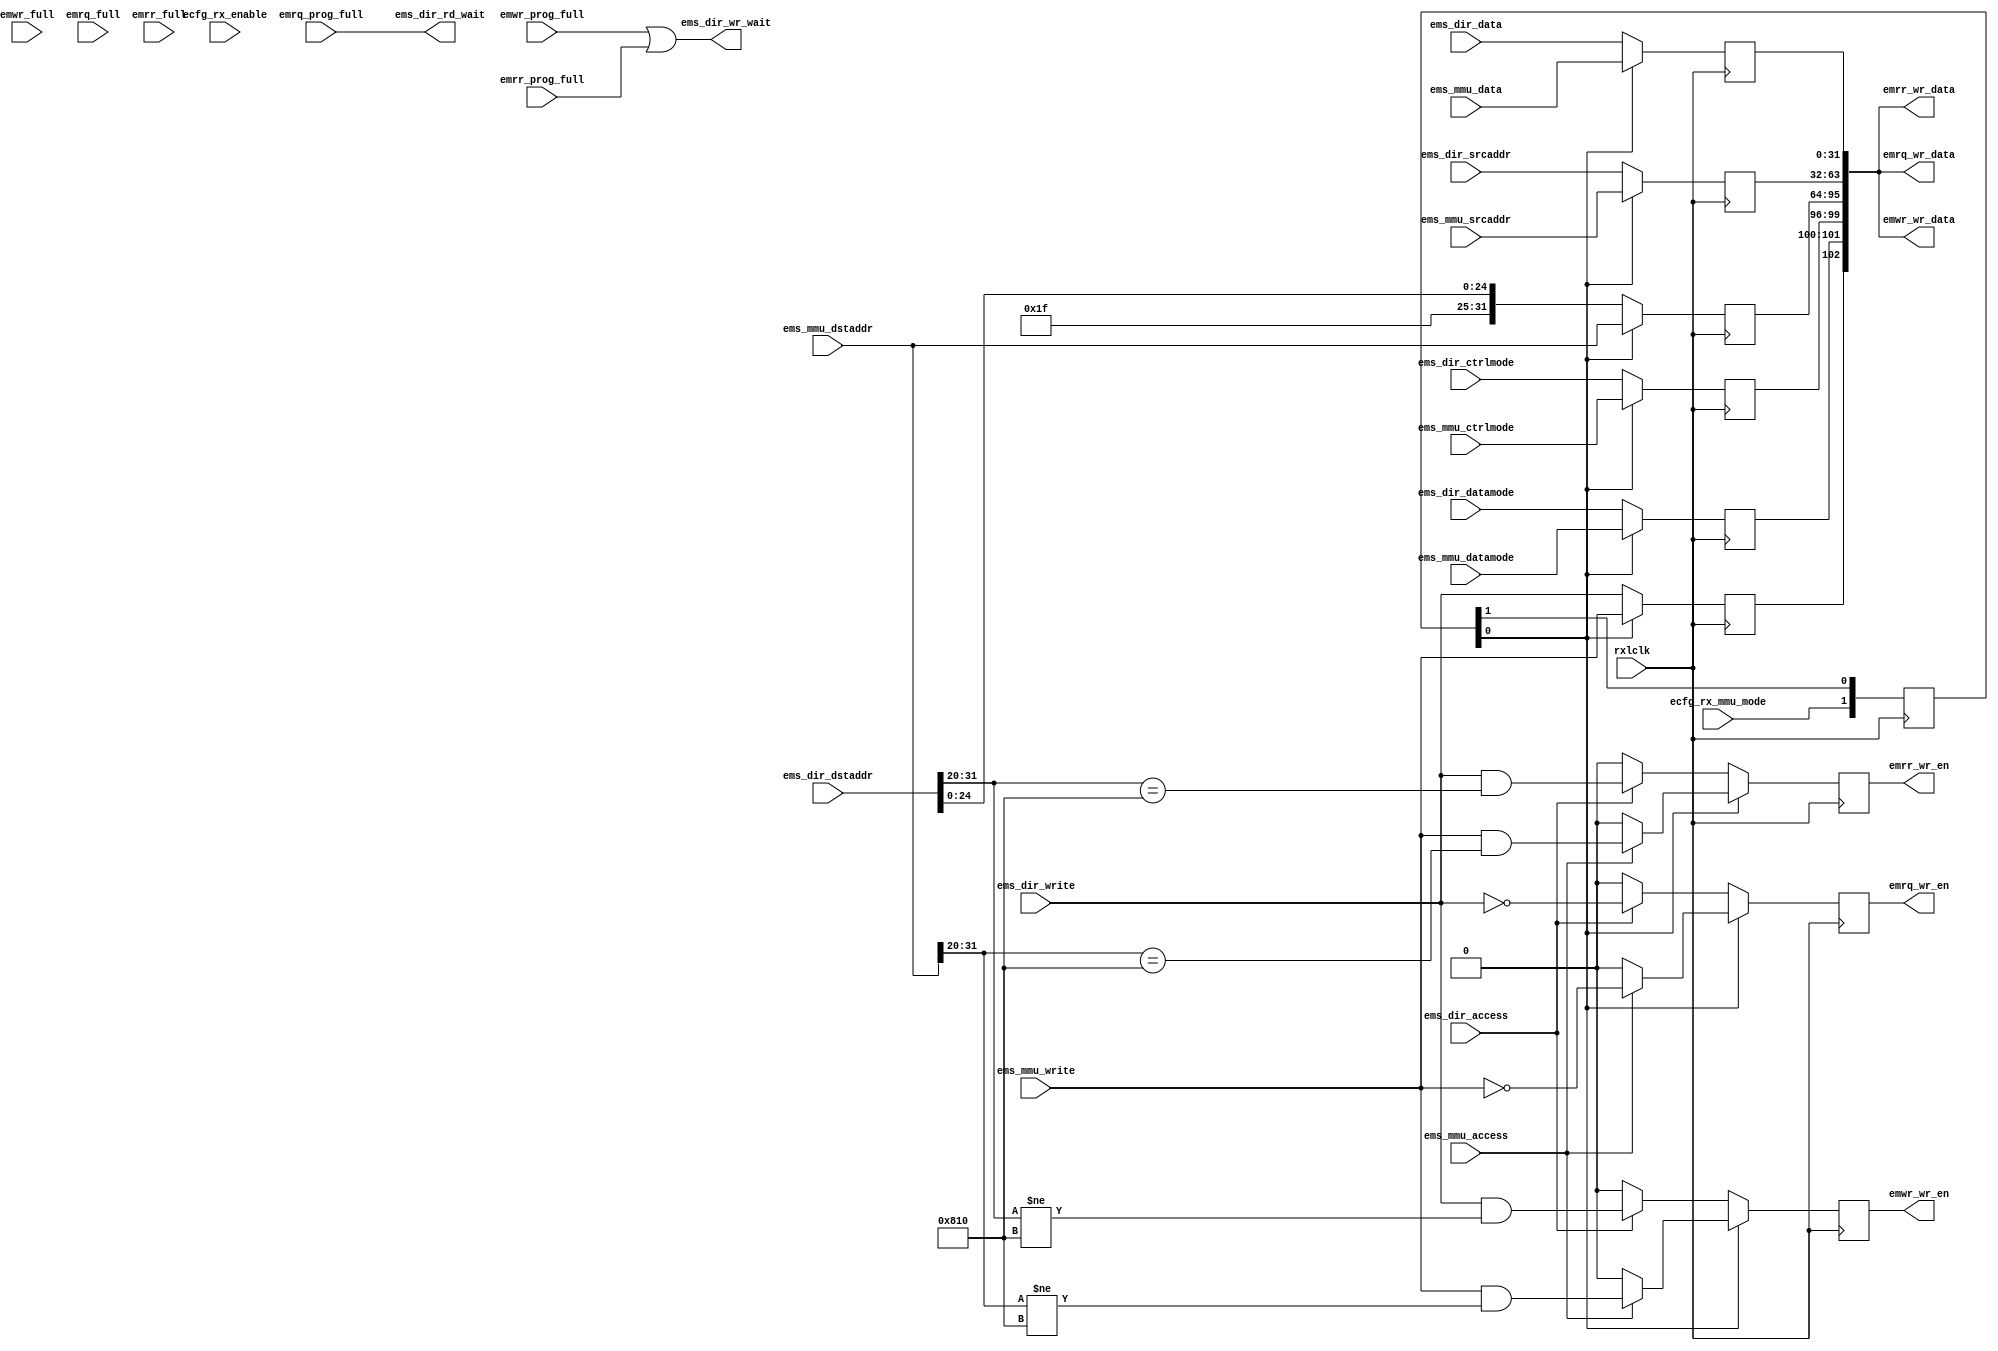
module edistrib (/*AUTOARG*/
   // Outputs
   ems_dir_rd_wait, ems_dir_wr_wait, emwr_wr_data, emwr_wr_en,
   emrq_wr_data, emrq_wr_en, emrr_wr_data, emrr_wr_en,
   // Inputs
   rxlclk, ems_dir_access, ems_dir_write, ems_dir_datamode,
   ems_dir_ctrlmode, ems_dir_dstaddr, ems_dir_srcaddr, ems_dir_data,
   ems_mmu_access, ems_mmu_write, ems_mmu_datamode, ems_mmu_ctrlmode,
   ems_mmu_dstaddr, ems_mmu_srcaddr, ems_mmu_data, emwr_full,
   emwr_prog_full, emrq_full, emrq_prog_full, emrr_full,
   emrr_prog_full, ecfg_rx_enable, ecfg_rx_mmu_mode
   );

   parameter [11:0]  C_READ_TAG_ADDR = 12'h810;
   parameter         C_REMAP_BITS = 7;
   parameter [31:0]  C_REMAP_ADDR = 32'h3E000000;
   
   // RX clock
   input         rxlclk;
   
   // Direct slave port (with wait signals)
   input         ems_dir_access;
   input         ems_dir_write;
   input [1:0]   ems_dir_datamode;
   input [3:0]   ems_dir_ctrlmode;
   input [31:0]  ems_dir_dstaddr;
   input [31:0]  ems_dir_srcaddr;
   input [31:0]  ems_dir_data;
   output        ems_dir_rd_wait;
   output        ems_dir_wr_wait;

   // MMU slave port (no wait signals)
   input         ems_mmu_access;
   input         ems_mmu_write;
   input [1:0]   ems_mmu_datamode;
   input [3:0]   ems_mmu_ctrlmode;
   input [31:0]  ems_mmu_dstaddr;
   input [31:0]  ems_mmu_srcaddr;
   input [31:0]  ems_mmu_data;

   // Master FIFO port, writes
   output [102:0] emwr_wr_data;
   output         emwr_wr_en;
   input          emwr_full;       // full flags for error checking
   input          emwr_prog_full;
   
   // Master FIFO port, read requests
   output [102:0] emrq_wr_data;
   output         emrq_wr_en;
   input          emrq_full;
   input          emrq_prog_full;
   
   // Master FIFO port, read responses
   output [102:0] emrr_wr_data;
   output         emrr_wr_en;
   input          emrr_full;
   input          emrr_prog_full;

   // Control bits inputs
   input          ecfg_rx_enable;
   input          ecfg_rx_mmu_mode;
   
   //############
   //# Distribute based on type & read-response tag
   //############

   reg [1:0]      rxmmu_sync;
   wire           rxmmu = rxmmu_sync[0];
   
   reg            in_write;
   reg [1:0]      in_datamode;
   reg [3:0]      in_ctrlmode;
   reg [31:0]     in_dstaddr;
   reg [31:0]     in_srcaddr;
   reg [31:0]     in_data;

   reg            emwr_wr_en;
   reg            emrq_wr_en;
   reg            emrr_wr_en;

   wire [102:0]   fifo_din;
   wire [102:0]   emwr_wr_data;
   wire [102:0]   emrq_wr_data;
   wire [102:0]   emrr_wr_data;
   
   always @ (posedge rxlclk) begin

      rxmmu_sync <= {ecfg_rx_mmu_mode, rxmmu_sync[1]};

      if(rxmmu) begin

         in_write    <= ems_mmu_write;
         in_datamode <= ems_mmu_datamode;
         in_ctrlmode <= ems_mmu_ctrlmode;
         in_dstaddr  <= ems_mmu_dstaddr;
         in_srcaddr  <= ems_mmu_srcaddr;
         in_data     <= ems_mmu_data;

         if(ems_mmu_access) begin
            emrq_wr_en <= ~ems_mmu_write;
            emrr_wr_en <= ems_mmu_write & (ems_mmu_dstaddr[31:20] == C_READ_TAG_ADDR);
            emwr_wr_en <= ems_mmu_write & (ems_mmu_dstaddr[31:20] != C_READ_TAG_ADDR);
         end else begin
            emrq_wr_en <= 1'b0;
            emrr_wr_en <= 1'b0;
            emwr_wr_en <= 1'b0;
         end
         
      end else begin

         in_write    <= ems_dir_write;
         in_datamode <= ems_dir_datamode;
         in_ctrlmode <= ems_dir_ctrlmode;
         in_dstaddr  <= {C_REMAP_ADDR[31:(32-C_REMAP_BITS)], 
                         ems_dir_dstaddr[(31-C_REMAP_BITS):0]};
         in_srcaddr  <= ems_dir_srcaddr;
         in_data     <= ems_dir_data;

         if(ems_dir_access) begin
            emrq_wr_en <= ~ems_dir_write;
            emrr_wr_en <= ems_dir_write & (ems_dir_dstaddr[31:20] == C_READ_TAG_ADDR);
            emwr_wr_en <= ems_dir_write & (ems_dir_dstaddr[31:20] != C_READ_TAG_ADDR);
         end else begin
            emrq_wr_en <= 1'b0;
            emrr_wr_en <= 1'b0;
            emwr_wr_en <= 1'b0;
         end
         
      end // else: !if(rxmmu)

   end // always @ (posedge rxlclk)

      // Data is the same for all.
   assign fifo_din = 
         {in_write,
          in_datamode,
          in_ctrlmode,
          in_dstaddr,
          in_srcaddr,
          in_data};
      
   assign emwr_wr_data = fifo_din;
   assign emrq_wr_data = fifo_din;
   assign emrr_wr_data = fifo_din;
   
   //#############################
   //# Wait signal passthroughs
   //#############################
   assign        ems_dir_rd_wait = emrq_prog_full;
   assign        ems_dir_wr_wait = emwr_prog_full | emrr_prog_full;
   
endmodule